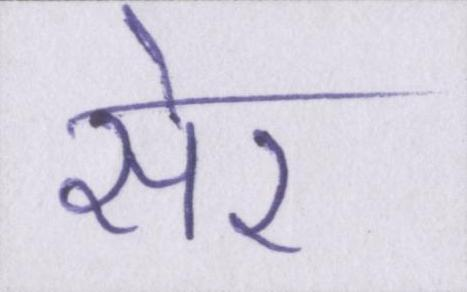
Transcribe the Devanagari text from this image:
सेर